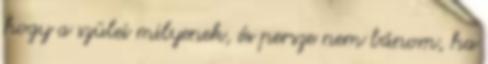
hogy a szülei milyenek, és persze nem bánom, ha